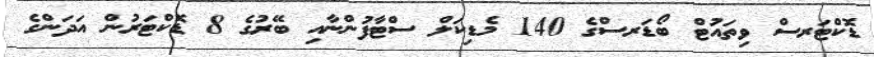
ޑޮކްޓަރސް ވިތައުޓް ބޯޑަރސްގެ 140 މެޑިކަލް ސްޓާފުންނާއި ބޭރުގެ 8 ޑޮކްޓަރުން އަދަންގެ